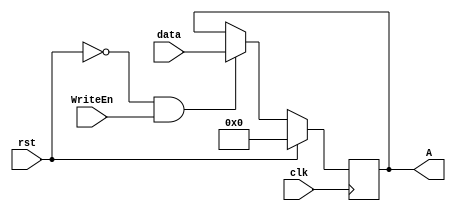
module register_2 (data,clk,rst,WriteEn,A);
parameter W = 32;  
input clk,rst,WriteEn;
input [W-1:0] data;
output reg [W-1:0] A;

always @ (posedge clk) 
begin 
if (rst) 
A <= 0; 
else if (~rst && WriteEn)  
A <= data;
else if (~rst && ~WriteEn)
A <= A; 
end 
endmodule